Indian journal of veterinary science and animal husbandry - Volume 1,
Year: 1931
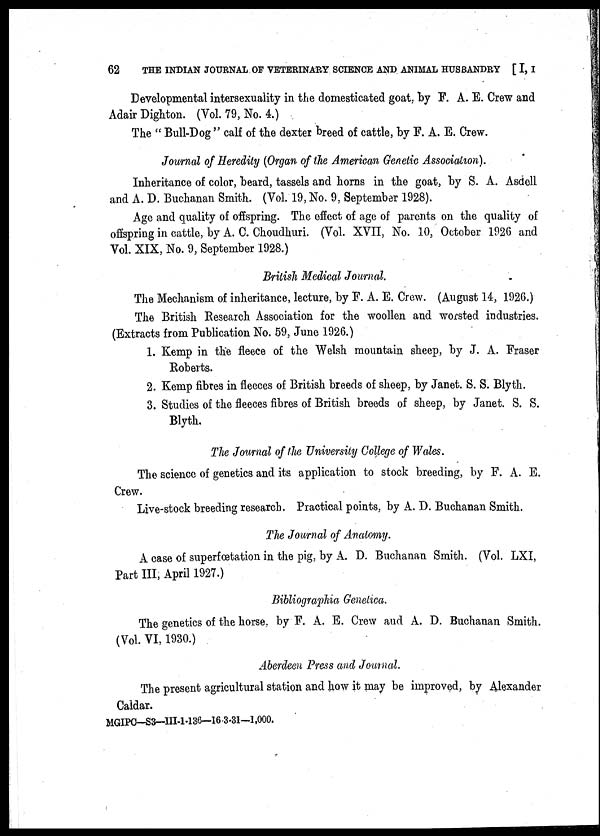
62 THE INDIAN JOURNAL OF VETERINARY SCIENCE AND ANIMAL HUSBANDRY [ I, I
Developmental intersexuality in the domesticated goat, by F. A. E. Crew and
Adair Dighton. (Vol. 79, No. 4.)
The " Bull-Dog " calf of the dexter breed of cattle, by F. A. E. Crew.
Journal of Heredity (Organ of the American Genetic Association).
Inheritance of color, beard, tassels and horns in the goat, by S. A. Asdell
and A. D. Buchanan Smith. (Vol. 19, No. 9, September 1928).
Age and quality of offspring. The effect of age of parents on the quality of
offspring in cattle, by A. C. Choudhuri. (Vol. XVII, No. 10, October 1926 and
Vol. XIX, No. 9, September 1928.)
British Medical Journal.
The Mechanism of inheritance, lecture, by F. A. E. Crew. (August 14, 1926.)
The British Research Association for the woollen and worsted industries.
(Extracts from Publication No. 59, June 1926.)
1. Kemp in the fleece of the Welsh mountain sheep, by J. A. Fraser
Roberts.
2. Kemp fibres in fleeces of British breeds of sheep, by Janet. S. S. Blyth.
3. Studies of the fleeces fibres of British breeds of sheep, by Janet. S. S.
Blyth.
The Journal of the University College of Wales.
The science of genetics and its application to stock breeding, by F. A. E.
Crew.
Live-stock breeding research. Practical points, by A. D. Buchanan Smith.
The Journal of Anatomy.
A case of superfœtation in the pig, by A. D. Buchanan Smith. (Vol. LXI,
Part III, April 1927.)
Bibliographia Genetica.
The genetics of the horse, by F. A. E. Crew and A. D. Buchanan Smith.
(Vol. VI, 1930.)
Aberdeen Press and Journal.
The present agricultural station and how it may be improved, by Alexander
Caldar.
MGIPC—S3—III-1-136—16-3-31—1,000.